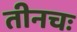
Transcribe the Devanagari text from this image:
तीनचः